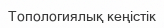
Топологиялық кеңістік